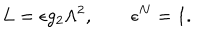
L = \epsilon g _ { 2 } \Lambda ^ { 2 } , \qquad \epsilon ^ { N } = 1 .